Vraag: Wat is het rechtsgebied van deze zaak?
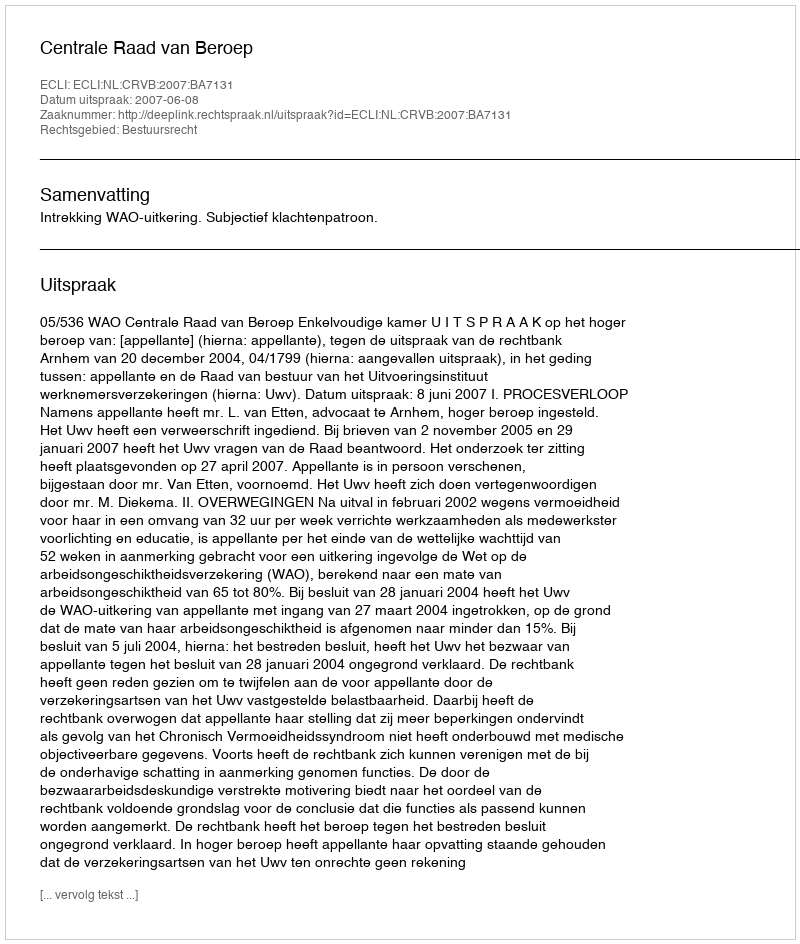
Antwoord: Bestuursrecht